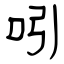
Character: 吲